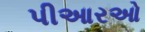
પીઆરઓ